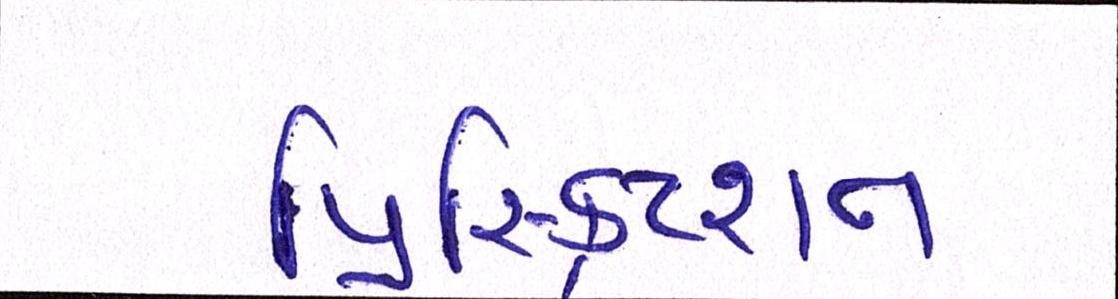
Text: પ્રિસ્ક્રિપ્શન